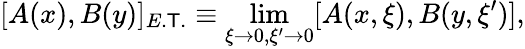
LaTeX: [A(x),B(y)]_{E.\mathsf{T}.}\equiv\operatorname*{lim}_{\xi\to0,\xi^{\prime}\to0}[A(x,\xi),B(y,\xi^{\prime})],